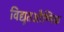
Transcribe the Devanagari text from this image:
विद्युतऔष्णिक